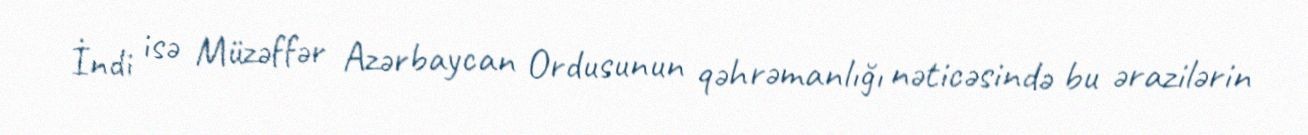
İndi isə Müzəffər Azərbaycan Ordusunun qəhrəmanlığı nəticəsində bu ərazilərin